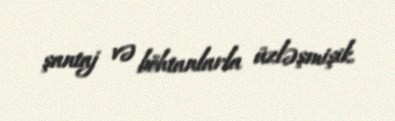
şantaj və böhtanlarla üzləşmişik.